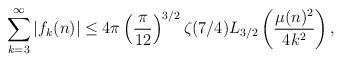
LaTeX: \begin{align*}\sum_{k=3}^{\infty}|f_{k}(n)|\leq 4\pi \left(\frac{\pi}{12}\right)^{3/2}\zeta(7/4)L_{3/2}\left(\frac{\mu(n)^2}{4k^2}\right),\end{align*}